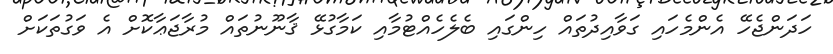
ހަދަންޖެހޭ އެންމެހައި ގަވާއިދުތައް ހިންގައި ބެލެހެއްޓުމާއި ކަމާގުޅޭ ޤާނޫނުތައް މުރާޖަޢާކޮށް އެ ވަގުތަކަށް